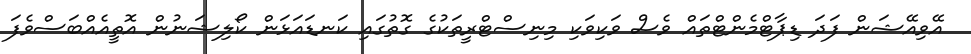
އޭވިއޭޝަން ފަދަ ޑިޕާޓްމެންޓްތައް ވެސް ވަކިވަކި މިނިސްޓްރީތަކުގެ ގޮތުގައި ކަނޑައަޅަން ކޯލިޝަނުން އޮތީއެއްބަސްވެފަ